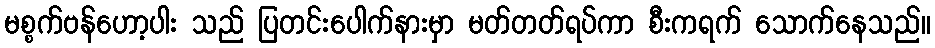
မစ္စက်ဗန်ဟော့ပါး သည် ပြတင်းပေါက်နားမှာ မတ်တတ်ရပ်ကာ စီးကရက် သောက်နေသည်။